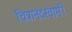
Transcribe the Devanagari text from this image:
चित्रानंदस्वामी